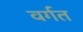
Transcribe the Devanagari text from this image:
वर्गत